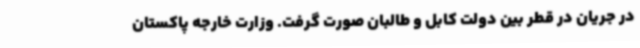
در جریان در قطر بین دولت کابل و طالبان صورت گرفت. وزارت خارجه پاکستان